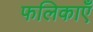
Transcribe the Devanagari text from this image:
फलिकाएँ